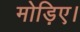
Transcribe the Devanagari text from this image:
मोड़िए।